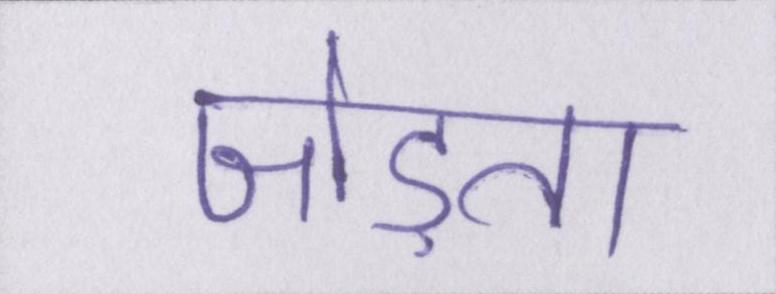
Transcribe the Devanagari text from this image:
जोड़ता